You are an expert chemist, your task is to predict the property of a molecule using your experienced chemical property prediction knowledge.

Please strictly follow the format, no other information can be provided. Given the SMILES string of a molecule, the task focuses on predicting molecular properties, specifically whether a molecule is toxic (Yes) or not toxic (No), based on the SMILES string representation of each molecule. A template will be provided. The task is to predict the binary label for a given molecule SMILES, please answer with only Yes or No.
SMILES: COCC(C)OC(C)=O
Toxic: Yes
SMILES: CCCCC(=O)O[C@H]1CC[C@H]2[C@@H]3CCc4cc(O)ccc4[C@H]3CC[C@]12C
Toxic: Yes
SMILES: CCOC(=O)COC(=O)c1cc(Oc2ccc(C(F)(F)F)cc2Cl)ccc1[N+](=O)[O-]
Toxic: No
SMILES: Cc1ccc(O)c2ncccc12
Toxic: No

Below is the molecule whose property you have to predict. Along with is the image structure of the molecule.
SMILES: O=Cc1ccc(Cl)c([N+](=O)[O-])c1
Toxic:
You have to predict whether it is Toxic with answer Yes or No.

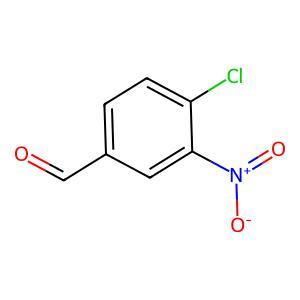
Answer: No